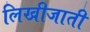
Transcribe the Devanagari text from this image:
लिखीजाती